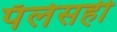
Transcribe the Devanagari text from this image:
पॅलेसही